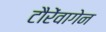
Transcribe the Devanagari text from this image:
टौरेंवागेन